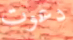
دعوت